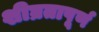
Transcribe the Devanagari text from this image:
शीघ्रतापूर्ण